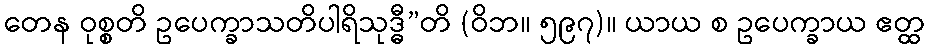
တေန ဝုစ္စတိ ဥပေက္ခာသတိပါရိသုဒ္ဓီ”တိ (ဝိဘ။ ၅၉၇)။ ယာယ စ ဥပေက္ခာယ ဧတ္ထ